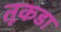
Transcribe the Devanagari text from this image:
तूकडा